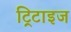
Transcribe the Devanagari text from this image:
ट्रिटाइज